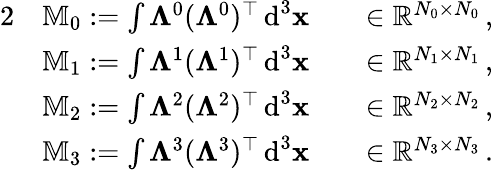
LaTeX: \begin{array}{rlrl}{{2}}&{\mathbb{M}_{0}:=\int{\mathbf\Lambda^{0}}({\mathbf\Lambda^{0}})^{\top}\, \textnormal{d}^{3}{\mathbf x}}&&{\in\mathbb R^{N_{0}\times N_{0}}\, ,}\\ &{\mathbb{M}_{1}:=\int{\mathbb{\Lambda}^{1}}({\mathbb{\Lambda}^{1}})^{\top}\, \textnormal{d}^{3}{\mathbf x}}&&{\in\mathbb R^{N_{1}\times N_{1}}\, ,}\\ &{\mathbb{M}_{2}:=\int{\mathbb{\Lambda}^{2}}({\mathbb{\Lambda}^{2}})^{\top}\, \textnormal{d}^{3}{\mathbf x}}&&{\in\mathbb R^{N_{2}\times N_{2}}\, ,}\\ &{\mathbb{M}_{3}:=\int{\mathbf\Lambda^{3}}({\mathbf\Lambda^{3}})^{\top}\, \textnormal{d}^{3}{\mathbf x}}&&{\in\mathbb R^{N_{3}\times N_{3}}\, .}\end{array}